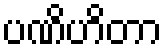
ပဏိဟိတာ